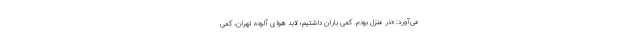
می‌آورد: «در منزل بودم. كمى باران داشتیم؛ لابد هواى آلوده تهران، كمى